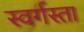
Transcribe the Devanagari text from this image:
स्वर्गस्ता